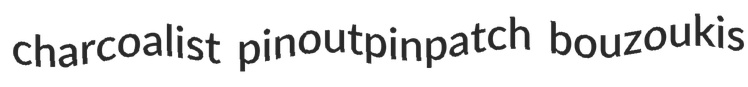
charcoalist pinoutpinpatch bouzoukis